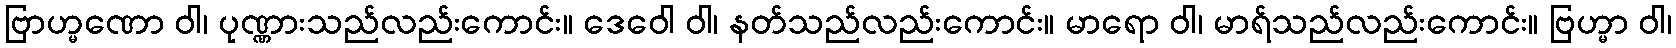
ဗြာဟ္မဏော ဝါ၊ ပုဏ္ဏားသည်လည်းကောင်း။ ဒေဝေါ ဝါ၊ နတ်သည်လည်းကောင်း။ မာရော ဝါ၊ မာရ်သည်လည်းကောင်း။ ဗြဟ္မာ ဝါ၊